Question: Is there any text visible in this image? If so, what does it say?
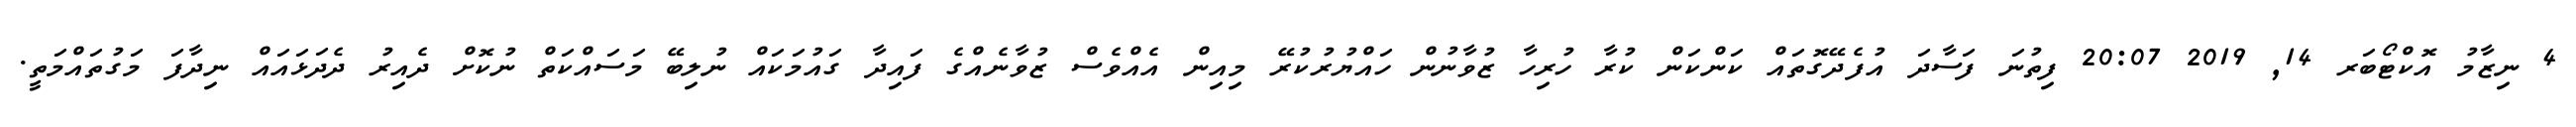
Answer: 4 ނިޒާމު އޮކްޓޯބަރ 14, 2019 20:07 ފިތުނަ ފަސާދަ އުފެދޭގޮތައް ކަންކަން ކުރާ ހުރިހާ ޒުވާނުން ހައްޔުރުކުރޭ މިއިން އެއްވެސް ޒުވާނެއްގެ ފައިދާ ގައުމަކައް ނުލިބޭ މަސައްކަތް ނުކޮށް ދެއިރު ދެދަޅައައް ނިދާފަ މަގުތައްމަތީ.